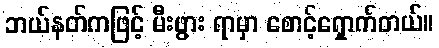
ဘယ်နတ်ကဖြင့် မီးဖွား ရာမှာ စောင့်ရှောက်တယ်။